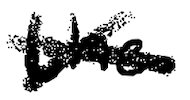
Text: the
Cross-out: cross
Writing tool: digital_black